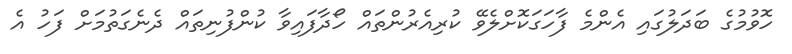
ހޮވުމުގެ ބަދަލުގައި އެންމެ ފާހަގަކޮށްލެވޭ ކުރިއެރުންތައް ހޯދާފައިވާ ކުންފުނިތައް ދެނެގަތުމަށް ފަހު އެ